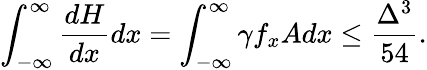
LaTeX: \int_{-\infty}^{\infty}\frac{dH}{dx}dx=\int_{-\infty}^{\infty}\gamma f_{x}Adx\le\frac{\Delta^{3}}{54}.